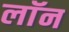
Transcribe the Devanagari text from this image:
लाॅन